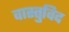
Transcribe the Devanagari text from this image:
वास्‍तुविद